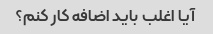
آیا اغلب باید اضافه کار کنم؟